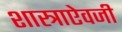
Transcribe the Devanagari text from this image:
शास्त्राऐवजी